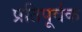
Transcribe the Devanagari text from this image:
प्रतिपूर्वक